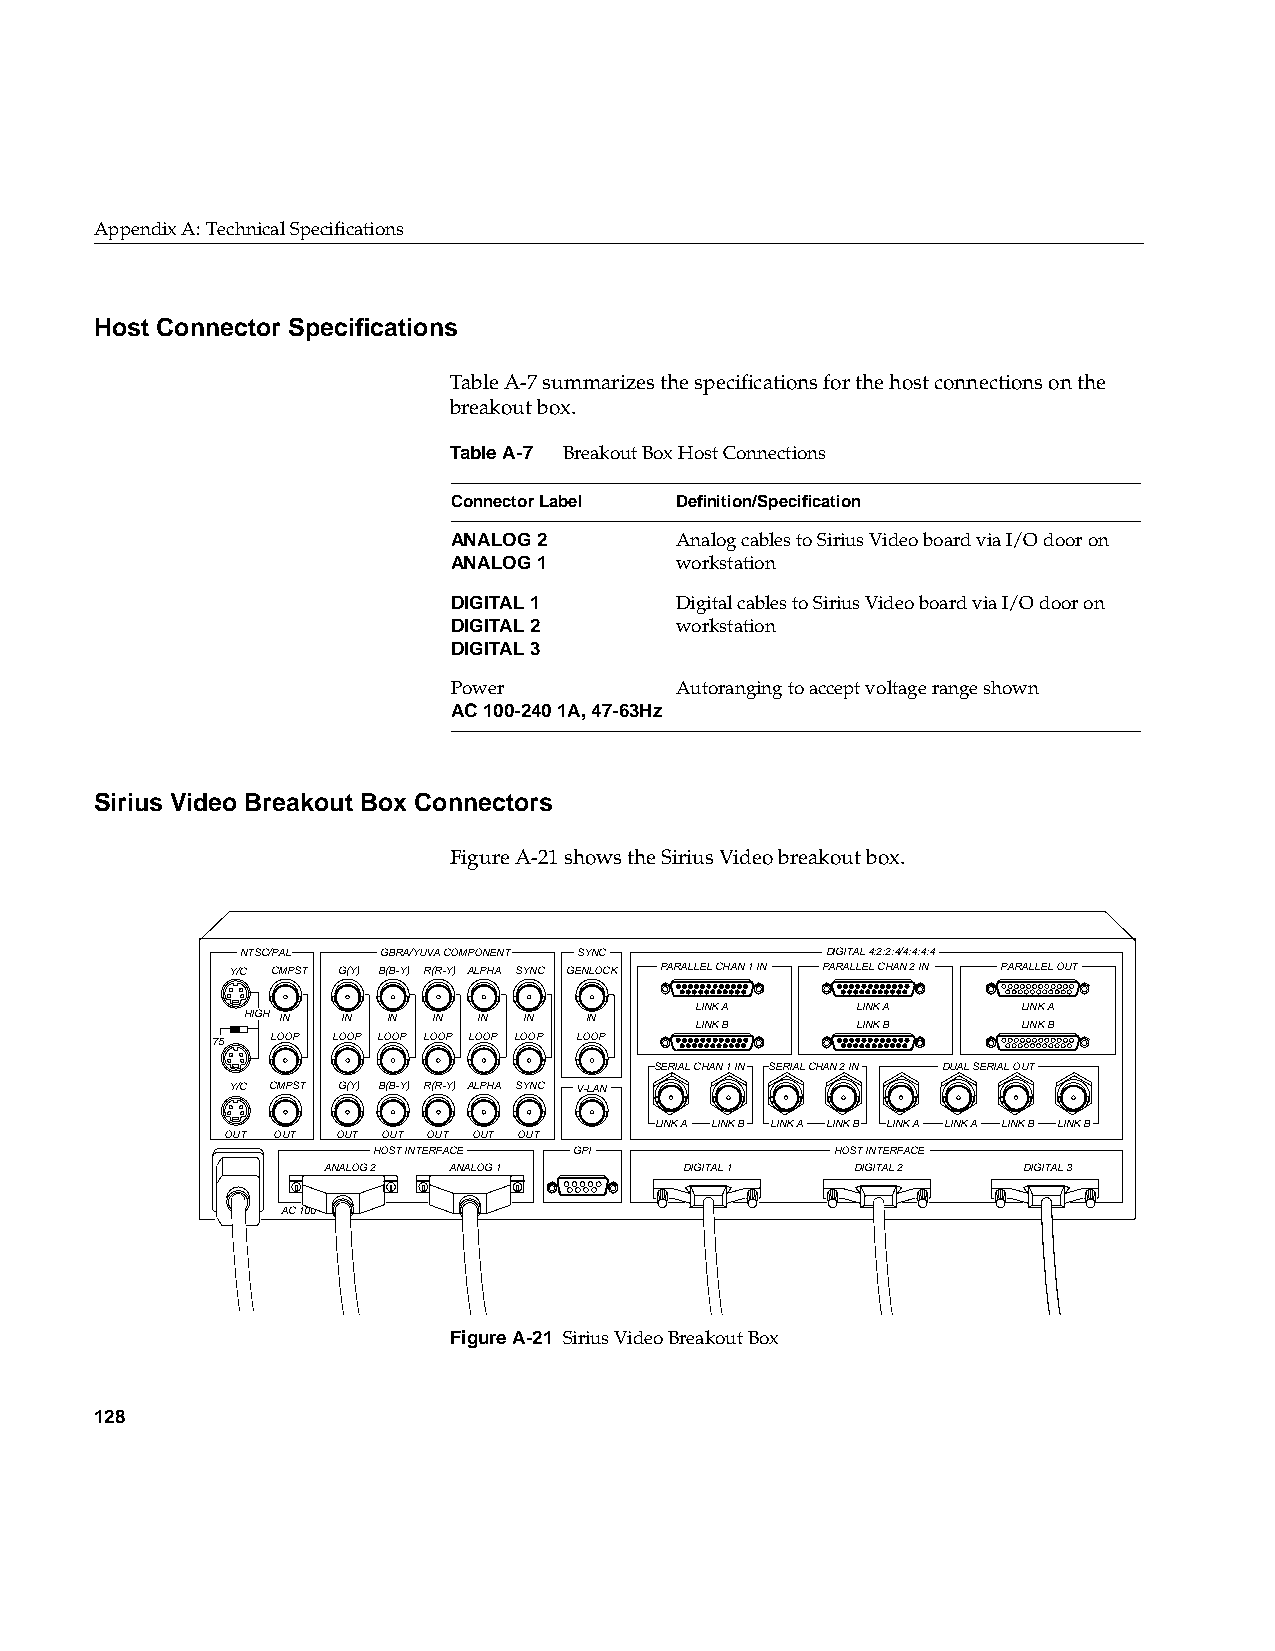
AppendixA: Technical Specifications
 Host Connector Specifications
 TableA-7 summarizes the specifications for the host connections on the
 breakout box.
 TableA-7 Breakout Box Host Connections
 Connector Label Definition/Specification
 ANALOG 2       Analog cables to Sirius Video board via I/O door on
 ANALOG 1       workstation
 DIGITAL 1      Digital cables to Sirius Video board via I/O door on
 DIGITAL 2      workstation
 DIGITAL 3
 Power          Autoranging to accept voltage range shown
 AC 100-240 1A, 47-63Hz
 Sirius Video Breakout Box Connectors
 FigureA-21 shows the Sirius Video breakout box.
 NTSC/PAL GBRA/YUVA COMPONENT SYNC      DIGITAL 4:2:2:4/4:4:4:4
 Y/C CMPST G(Y) B(B-Y) R(R-Y) ALPHA SYNC GENLOCK PARALLEL CHAN 1 IN PARALLEL CHAN 2 IN PARALLEL OUT
 LINK A     LINK A     LINK A
 HIGH IN IN IN IN IN IN IN
 LINK B     LINK B     LINK B
 75  LOOP LOOP LOOP LOOP LOOP LOOP LOOP
 SERIAL CHAN 1 IN SERIAL CHAN 2 IN DUAL SERIAL OUT
 Y/C CMPST G(Y) B(B-Y) R(R-Y) ALPHA SYNC V-LAN
 LINK A LINK B LINK A LINK B LINK A LINK A LINK B LINK B
 OUT OUT OUT OUT OUT OUT OUT
 HOST INTERFACE GPI            HOST INTERFACE
 ANALOG 2 ANALOG 1       DIGITAL 1   DIGITAL 2  DIGITAL 3
 AC 100
 FigureA-21 Sirius Video Breakout Box
 128